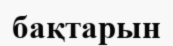
бақтарын